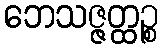
ဘေသဇ္ဇတ္ထဉ္စ